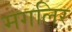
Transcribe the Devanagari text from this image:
मगलिर